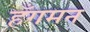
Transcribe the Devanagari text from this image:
हँगमन